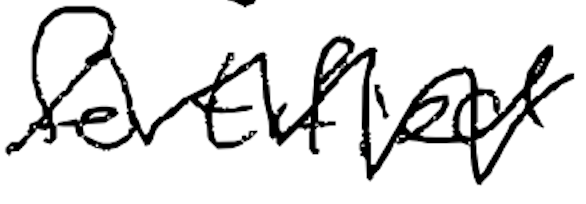
Text: fortified
Cross-out: zig-zag
Writing tool: digital_black